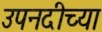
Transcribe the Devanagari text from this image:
उपनदीच्या